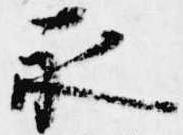
永